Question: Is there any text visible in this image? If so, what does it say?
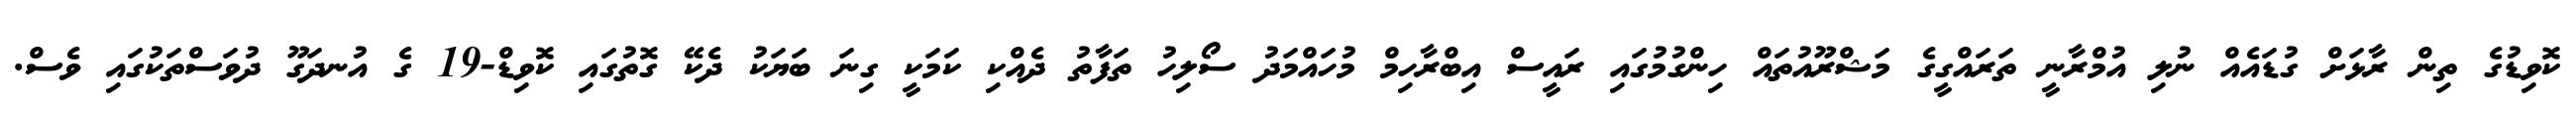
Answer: ކޮވިޑުގެ ތިން ރާޅަށް ގުޑައެއް ނުލި އުމްރާނީ ތަރައްގީގެ މަޝްރޫއުތައް ހިންގުމުގައި ރައީސް އިބްރާހިމް މުހައްމަދު ސޯލިހު ތަފާތު ދެއްކި ކަމަކީ ގިނަ ބަޔަކު ދެކޭ ގޮތުގައި ކޮވިޑް-19 ގެ އުނދަގޫ ދުވަސްތަކުގައި ވެސް.